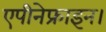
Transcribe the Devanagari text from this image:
एपीनेफ्राइन।